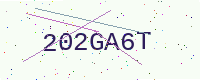
Text: 202GA6T